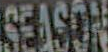
SEASON